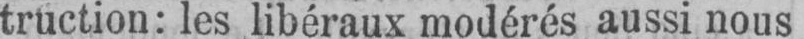
truction: les libéraux modérés aussi nous